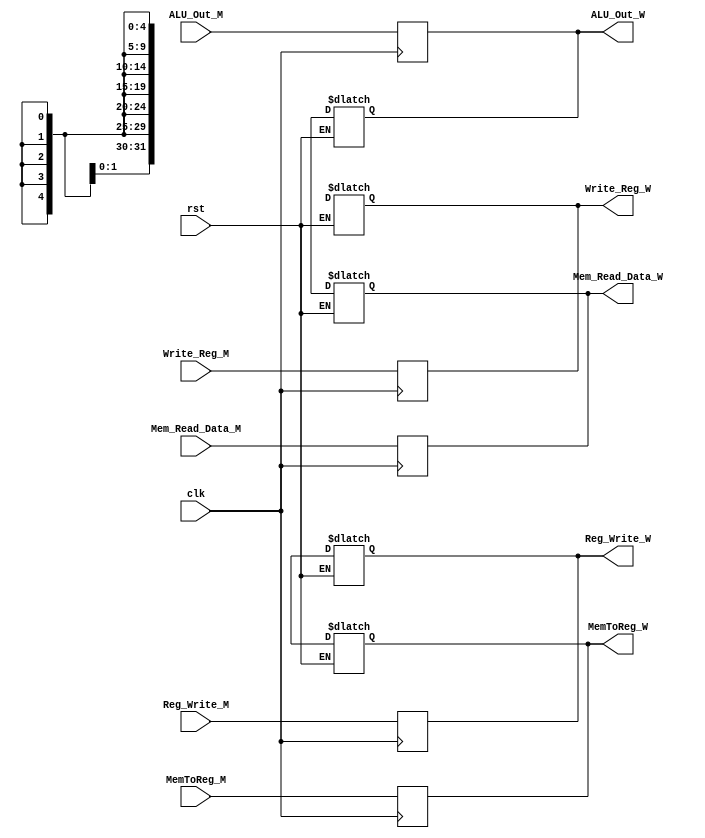
`timescale 1ns/1ns

module MEM_WB_Reg (clk, rst, Reg_Write_M, MemToReg_M, Mem_Read_Data_M,
                    ALU_Out_M, Write_Reg_M, Reg_Write_W, MemToReg_W,
                    Mem_Read_Data_W, ALU_Out_W, Write_Reg_W);

    input clk,rst;
    input Reg_Write_M, MemToReg_M;
    input [4:0] Write_Reg_M;
    input [31:0] ALU_Out_M, Mem_Read_Data_M;

    output reg Reg_Write_W, MemToReg_W;
    output reg [4:0] Write_Reg_W;
    output reg [31:0] ALU_Out_W, Mem_Read_Data_W;

    always@(rst)
        if(rst)
        begin
            Reg_Write_W <= 1'bz;
            MemToReg_W = 1'bz;
            Mem_Read_Data_W <= 32'bz;
            Write_Reg_W <= 5'bz;
            ALU_Out_W <= 32'bz;
        end

    always@(posedge clk)
    begin
        Reg_Write_W <= Reg_Write_M;
        MemToReg_W <= MemToReg_M;
        Mem_Read_Data_W <= Mem_Read_Data_M;
        Write_Reg_W <= Write_Reg_M;
        ALU_Out_W <= ALU_Out_M;
    end

endmodule